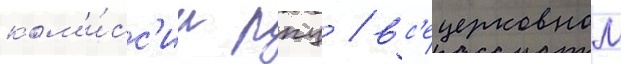
ком'и́сс'ии рпц / вс'ецерковном